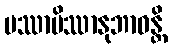
ပဿာမိဿာနုဘာဝန္တိ